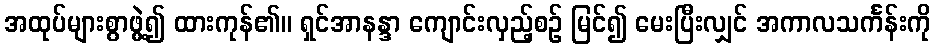
အထုပ်များစွာဖွဲ့၍ ထားကုန်၏။ ရှင်အာနန္ဒာ ကျောင်းလှည့်စဉ် မြင်၍ မေးပြီးလျှင် အကာလသင်္ကန်းကို